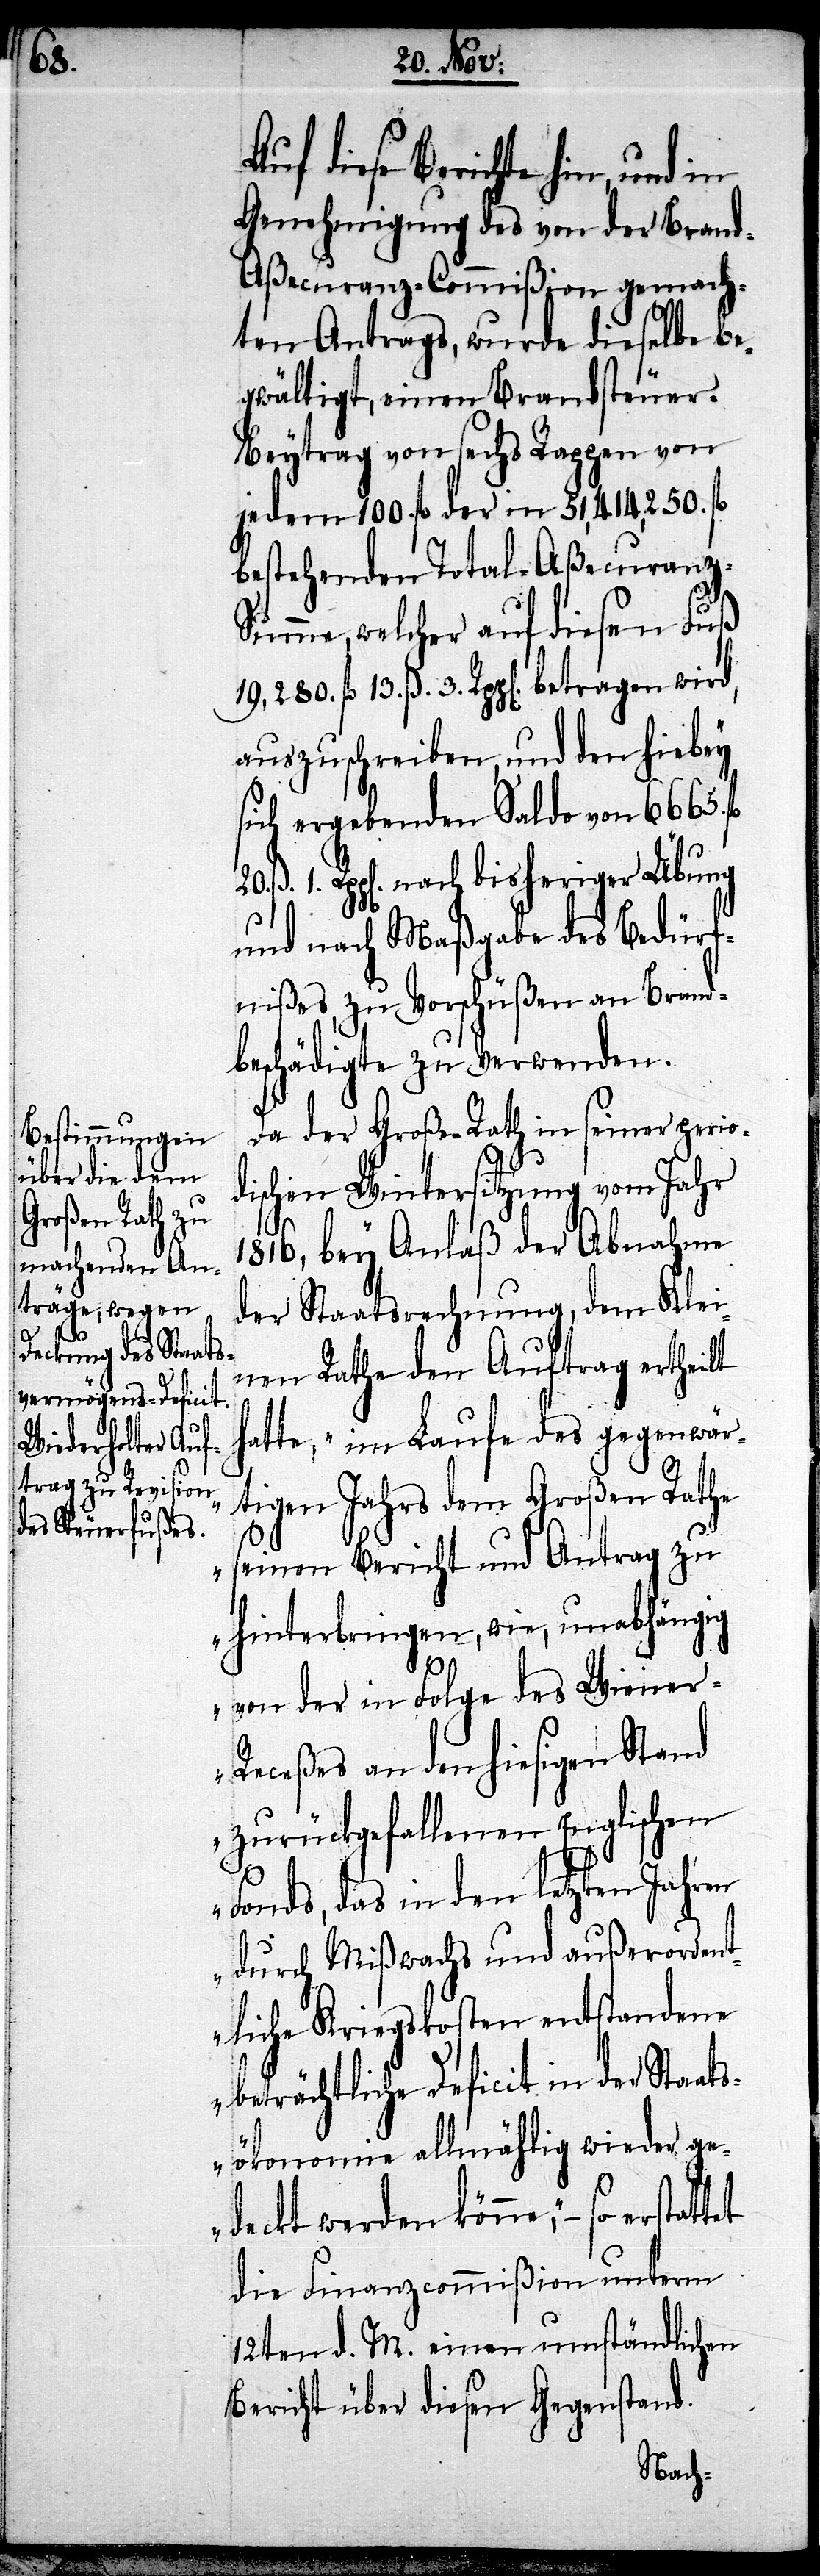
ttet

Da der Große Rath in seiner perio¬
dischen Wintersitzung vom Jahr
1816, bey Anlaß der Abnahme
der Staatsrechnung, dem Klei¬
nen Rathe den Auftrag ertheilt
atte, „im Laufe des gegenwär¬
tigen Jahres dem Großen Rathe
seinen Bericht und Antrag zu
hinterbringen, wie, unabhängig
von der in Folge des Wiene¬
r-Receßes an den hiesigen Stand
zurückgefallenen Englischen
Fonds, das in den letzten Jahren
durch Mißwachs und außerordent¬
liche Kriegskosten entstandene
beträchtliche Deficit in der Staat¬
sökonomie allmählig wieder ge¬
deckt werden könne,“ – so ersta¬
die Finanzcommißion unterm
12ten d. M. einen umständlichen
Bericht über diesen Gegenstand.